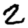
Digit: 2